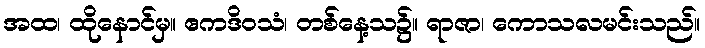
အထ၊ ထိုနောင်မှ။ ဧကဒိဝသံ၊ တစ်နေ့သ၌။ ရာဇာ၊ ကောသလမင်းသည်။